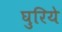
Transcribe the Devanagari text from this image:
घुरिये